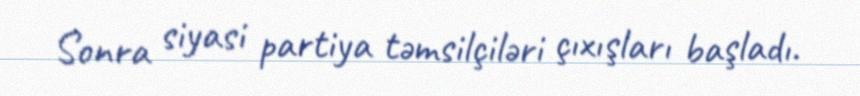
Sonra siyasi partiya təmsilçiləri çıxışları başladı.